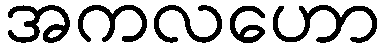
အကလဟော